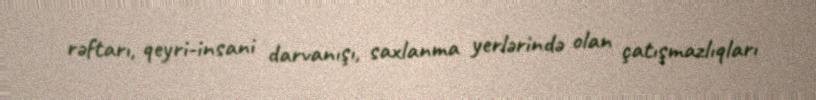
rəftarı, qeyri-insani darvanışı, saxlanma yerlərində olan çatışmazlıqları